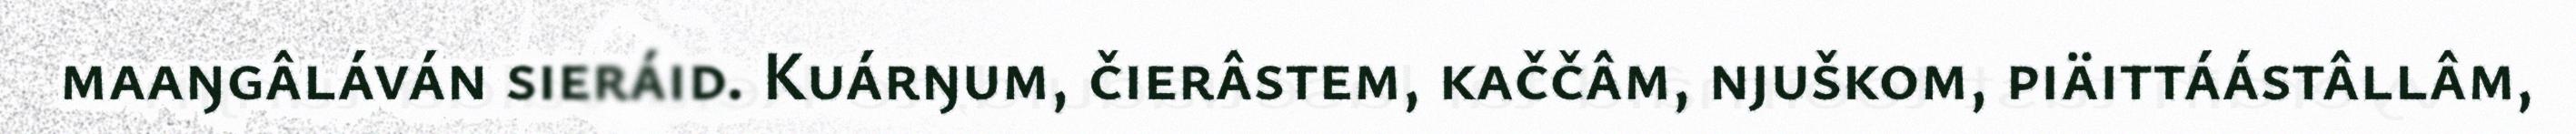
maaŋgâláván sieráid. Kuárŋum, čierâstem, kaččâm, njuškom, piäittáástâllâm,